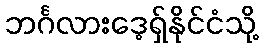
ဘင်္ဂလားဒေ့ရှ်နိုင်ငံသို့